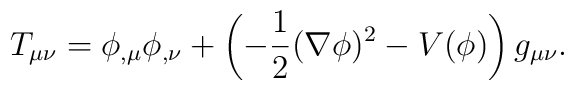
T_{\mu\nu} = \phi_{,\mu} \phi_{,\nu} + \left(-\frac{1}{2}(\nabla\phi)^2 - V(\phi)\right) g_{\mu\nu}.